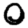
Digit: 0